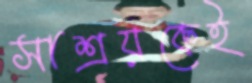
সাশ্রয়কেই